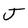
Character: J